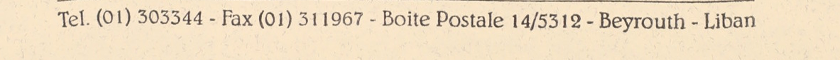
Tel. (01) 303344 - Fax (01) 311967 - Boite Postale 14/5312 - Beyrouth - Liban